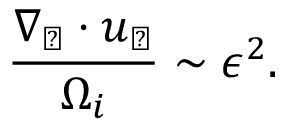
\frac { \nabla _ { \perp } \cdot \boldsymbol { u } _ { \perp } } { \Omega _ { i } } \sim \epsilon ^ { 2 } .